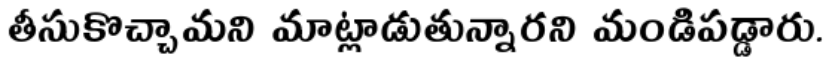
తీసుకొచ్చామని మాట్లాడుతున్నారని మండిపడ్డారు.